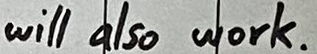
Text: will also work.